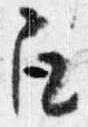
召